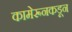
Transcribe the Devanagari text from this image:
कामेरूनकडून